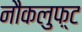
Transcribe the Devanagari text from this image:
नौकलुफ़्ट